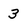
Character: 3